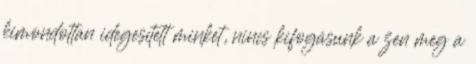
kimondottan idegesített minket, nincs kifogásunk a zen meg a